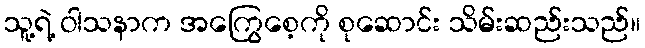
သူ့ရဲ့ ဝါသနာက အကြွေစေ့ကို စုဆောင်း သိမ်းဆည်းသည်။